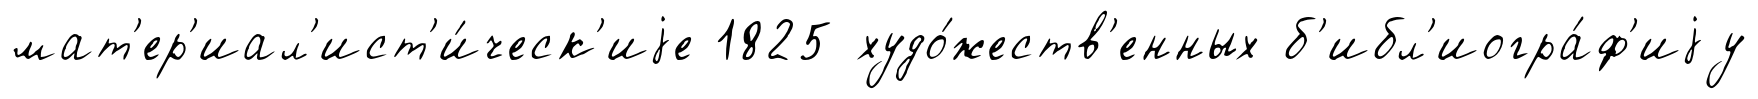
мат'ер'иал'ист'и́ческ'иjе 1825 худо́жеств'енных б'ибл'иогра́ф'иjу